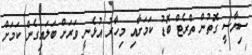
ސިޔާސީ ގޮތުން ތްރެޓް ބޮޑު ކަމަށާއި މިހާރު އުޅެނީ ވަރަށް ބަލައިގެން ކަމަށް